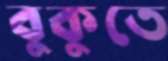
বুকুতে